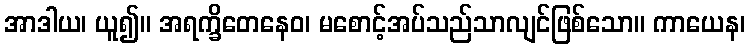
အာဒါယ၊ ယူ၍။ အရက္ခိတေနေဝ၊ မစောင့်အပ်သည်သာလျင်ဖြစ်သော။ ကာယေန၊